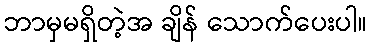
ဘာမှမရှိတဲ့အ ချိန် သောက်ပေးပါ။